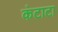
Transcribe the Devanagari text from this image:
कंटाटा